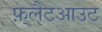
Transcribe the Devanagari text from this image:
फ़्लैटआउट